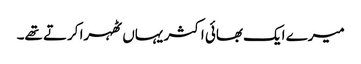
میرے ایک بھائی اکثر یہاں ٹھہرا کرتے تھے۔